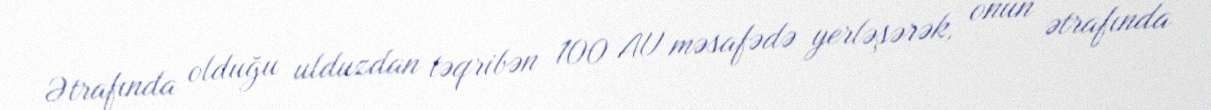
Ətrafında olduğu ulduzdan təqribən 100 AU məsafədə yerləşərək, onun ətrafında